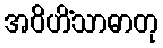
အဝိဟိံသာဓာတု